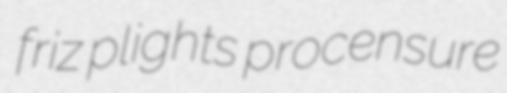
friz plights procensure